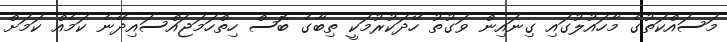
މަސައްކަތުގެ މާހައުލުގައި ގިނައިން ވަގުތު ހޭދަކުރުމަކީ ތިބާގެ ބޮސް ހިތްހަމަޖައްސައިދޭނެ ކަމެއް ކަމަށް